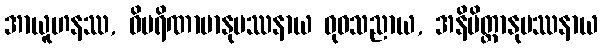
အာယူဟနဿ, ဝိပရိဏာမာနုပဿနာယ ဓုဝသညာယ, အနိမိတ္တာနုပဿနာယ